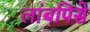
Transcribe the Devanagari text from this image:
लांबपिसे